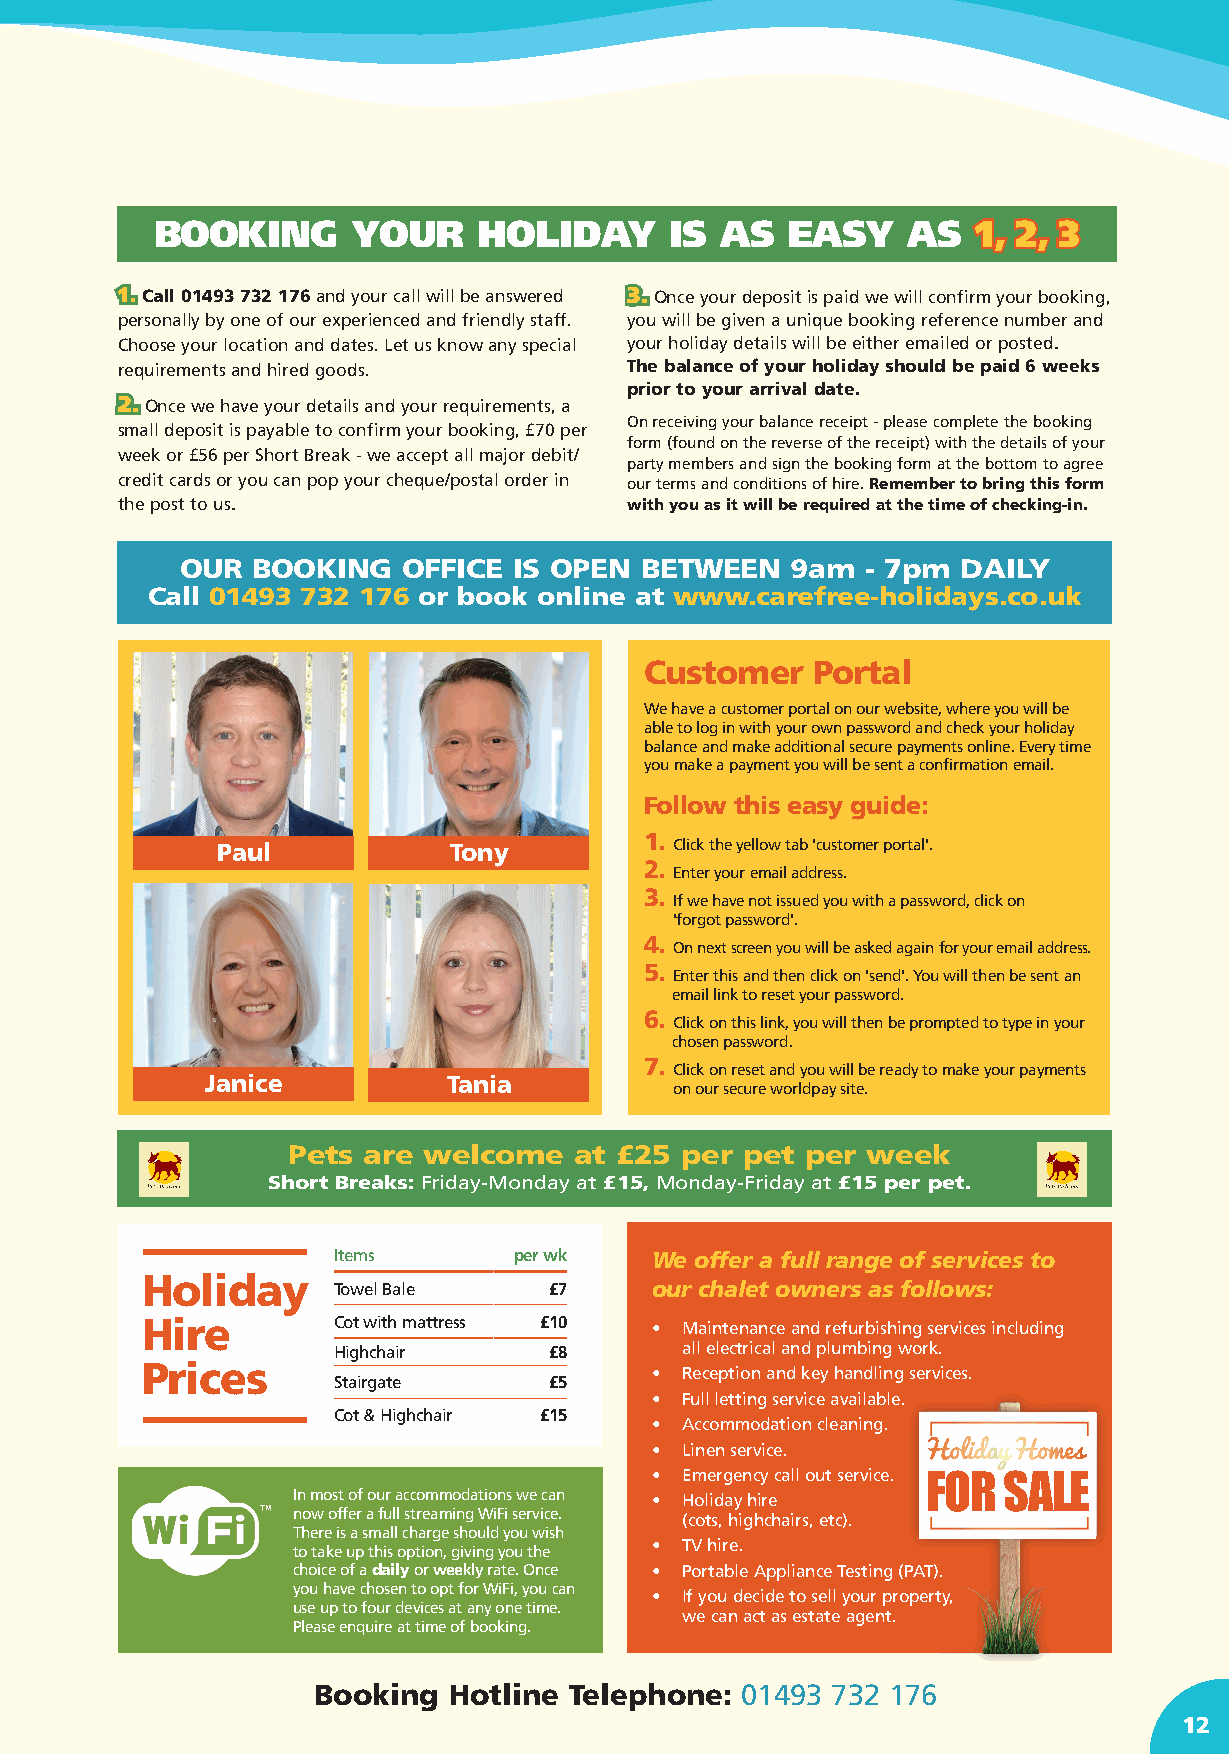
BOOKING      YOUR     HOLIDAY     IS  AS  EASY    AS   11,, 22,, 33
 11.. Call 01493 732 176 and your call will be answered 33.. Once your deposit is paid we will confirm your booking,
 personally by one of our experienced and friendly staff. you will be given a unique booking reference number and
 Choose your location and dates. Let us know any special your holiday details will be either emailed or posted.
 requirements and hired goods.     The balance of your holiday should be paid 6 weeks
 prior to your arrival date.
 22.. Once we have your details and your requirements, a
 On receiving your balance receipt - please complete the booking
 small deposit is payable to confirm your booking, £70 per
 form (found on the reverse of the receipt) with the details of your
 week or £56 per Short Break - we accept all major debit/
 party members and sign the booking form at the bottom to agree
 credit cards or you can pop your cheque/postal order in our terms and conditions of hire. Remember to bring this form
 the post to us.                   with you as it will be required at the time of checking-in.
 OUR  BOOKING   OFFICE IS OPEN BETWEEN   9am  - 7pm  DAILY
 Call 01493 732 176 or book online at www.carefree-holidays.co.uk
 Customer   Portal
 We have a customer portal on our website, where you will be
 able to log in with your own password and check your holiday
 balance and make additional secure payments online. Every time
 you make a payment you will be sent a confirmation email.
 Follow this easy guide:
 1.
 Paul            Tony           Click the yellow tab 'customer portal'.
 2.
 Enter your email address.
 3.
 If we have not issued you with a password, click on
 'forgot password'.
 4.
 On next screen you will be asked again for your email address.
 5.
 Enter this and then click on 'send'. You will then be sent an
 email link to reset your password.
 6.
 Click on this link, you will then be prompted to type in your
 chosen password.
 7.
 Click on reset and you will be ready to make your payments
 Janice          Tania
 on our secure worldpay site.
 Pets are welcome   at £25 per pet per week
 Short Breaks: Friday-Monday at £15, Monday-Friday at £15 per pet.
 Items       per wk   We offer a full range of services to
 Holiday
 Towel Bale    £7     our chalet owners as follows:
 Hire         Cot with mattress £10 • M aintenance and refurbishing services including
 Highchair     £8       all electrical and plumbing work.
 Prices                            • Reception and key handling services.
 Stairgate     £5
 • F ull letting service available.
 Cot & Highchair £15
 • Accommodation cleaning.
 • Linen service.  Holiday Homes
 • Emergency call out service.
 FOR  SALE
 In most of our accommodations we can • Holiday hire
 now offer a full streaming WiFi service. (cots, highchairs, etc).
 There is a small charge should you wish
 • TV hire.
 to take up this option, giving you the
 choice of a daily or weekly rate. Once • Portable Appliance Testing (PAT).
 you have chosen to opt for WiFi, you can
 • I f you decide to sell your property,
 use up to four devices at any one time.
 we can act as estate agent.
 Please enquire at time of booking.
 Booking  Hotline Telephone: 01493 732 176
 12